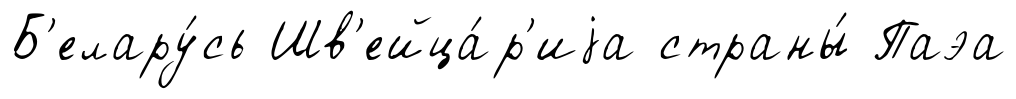
Б'елару́сь Шв'ейца́р'иjа страны́ Паэа